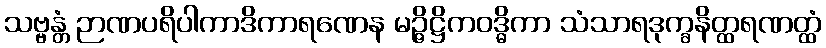
သဗ္ဗန္တံ ဉာဏပရိပါကာဒိကာရဏေန မဉ္ဇိဋ္ဌိကဝဒ္ဓိကာ သံသာရဒုက္ခနိတ္ထရဏတ္ထံ